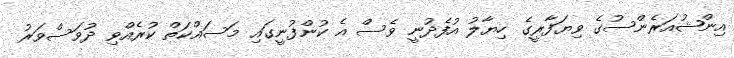
އިންޝުއަރެންސުގެ ވިޔަފާރީގެ ހިޔާލު އުފެދުނީ ވެސް އެ ކުންފުނީގައި މަސައްކަތް ކުރެއްވި ދުވަސްވަރު